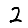
Digit: 2